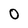
Character: O